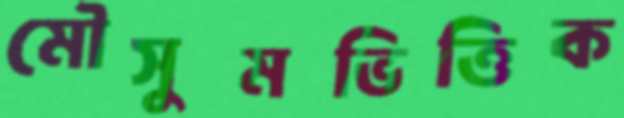
মৌসুমভিত্তিক